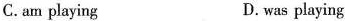
C.am playing D.was playing